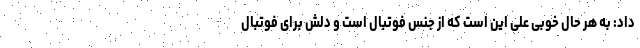
داد: به هر حال خوبی علی این است که از جنس فوتبال است و دلش برای فوتبال